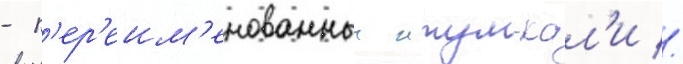
- п'ер'еим'енованныи итум-кал'и //